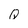
Character: Q